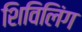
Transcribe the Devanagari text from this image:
शिविलिंग